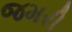
જમરી